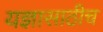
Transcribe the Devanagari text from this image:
यज्ञासाठीच